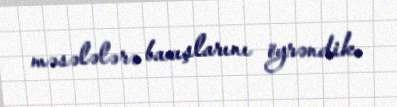
məsələlərə baxışlarını öyrəndik.